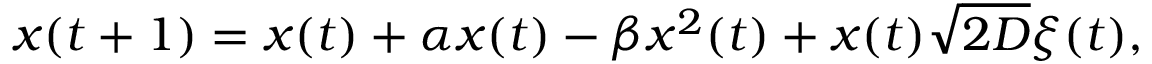
x ( t + 1 ) = x ( t ) + \alpha x ( t ) - \beta x ^ { 2 } ( t ) + x ( t ) \sqrt { 2 D } \xi ( t ) ,